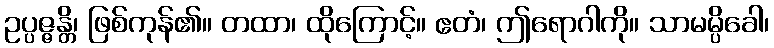
ဥပ္ပဇ္ဇန္တိ၊ ဖြစ်ကုန်၏။ တထာ၊ ထိုကြောင့်။ ဧတံ၊ ဤရောဂါကို။ သာမမ္ပိခေါ၊